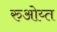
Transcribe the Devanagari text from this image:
रुओय्त